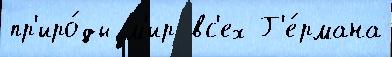
пр'иро́ды м'ир вс'ех Г'е́рмана